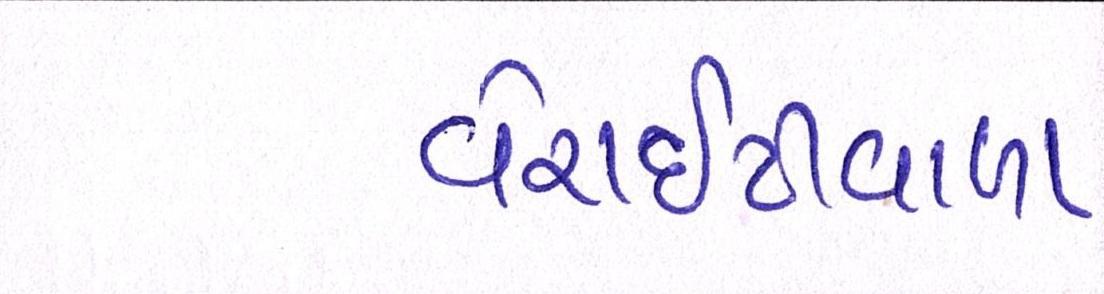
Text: વેરાઇટીવાળા